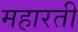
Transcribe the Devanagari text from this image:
महारती